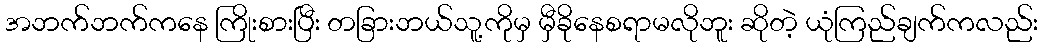
အဘက်ဘက်ကနေ ကြိုးစားပြီး တခြားဘယ်သူ့ကိုမှ မှီခိုနေစရာမလိုဘူး ဆိုတဲ့ ယုံကြည်ချက်ကလည်း